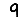
Digit: 9